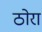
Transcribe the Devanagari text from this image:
ठोरा